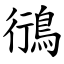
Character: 鴴